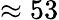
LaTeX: \approx 53